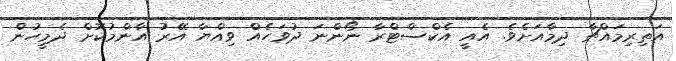
އަތިރިމައްޗާ ދިމާއަށެވެ. އެއީ އެކްސްޓްރާ ނޯންނަ ދުވަހެއް ވިއްޔާ އޭރު އާންމުކޮށް ދެމީހުން